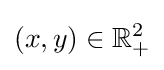
(x,y)\in \mathbb {R} _{+}^{2}